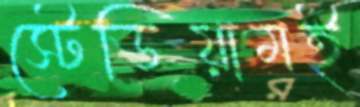
স্টেডিয়ামই